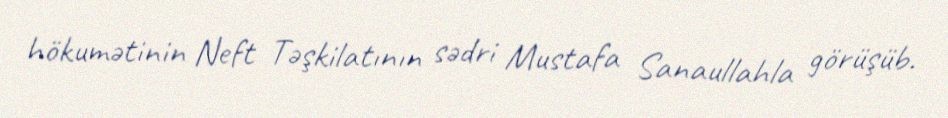
hökumətinin Neft Təşkilatının sədri Mustafa Sanaullahla görüşüb.